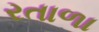
રતાળા